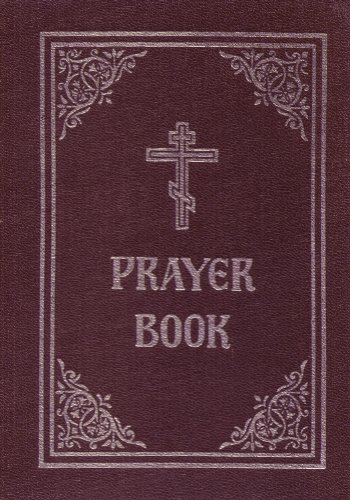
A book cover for Prayer Book; Holy Trinity Monastery; Christian Books & Bibles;